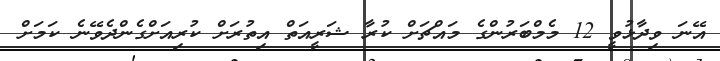
އޭނަ ވިދާޅުވީ 12 މެމްބަރުންގެ މައްޗަށް ކުރާ ޝަރީއަތް އިތުރަށް ކުރިއަށްގެންދެވޭނެ ކަމަށް